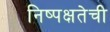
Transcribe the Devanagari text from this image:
निष्‍पक्षतेची